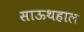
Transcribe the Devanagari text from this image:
साऊथहाल